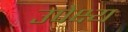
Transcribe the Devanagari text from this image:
उपेक्ष्य